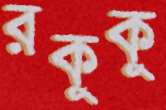
রকুকু